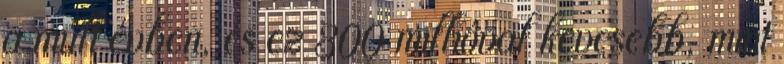
a múlt évben, és ez 300 millióval kevesebb, mint